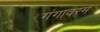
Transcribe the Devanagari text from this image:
गंगावरम